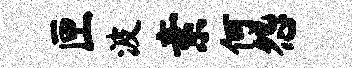
匣波素何怨